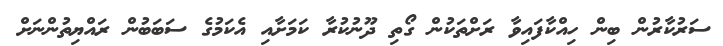
ސަރުކާރުން ބިން ހިއްކާފައިވާ ރަށްތަކުން ގޯތި ދޫނުކުރާ ކަމަށާއި އެކަމުގެ ސަބަބުން ރައްޔިތުންނަށް